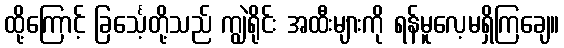
ထို့ကြောင့် ခြင်္သေ့တို့သည် ကျွဲရိုင်း အထီးများကို ရန်မူလေ့မရှိကြချေ။